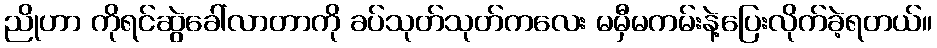
ညိုဟာ ကိုရင်ဆွဲခေါ်လာတာကို ခပ်သုတ်သုတ်ကလေး မမှီမကမ်းနဲ့ပြေးလိုက်ခဲ့ရတယ်။